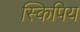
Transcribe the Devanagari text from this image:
स्किपिय